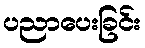
ပညာပေးခြင်း